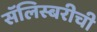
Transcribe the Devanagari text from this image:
सॅलिस्बरीची